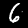
Label: 6